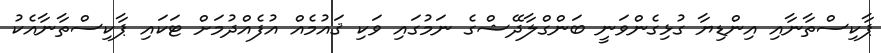
ޕާކިސްތާނާއި އިންޑިޔާ ގުޅިގެންވަނީ ބަންގްލާދޭޝްގެ ނަމުގައި ވަކި ޤައުމެއް އުފެއްދުމަށް ޓަކައި ޕާކިސްތާނާއެކު